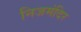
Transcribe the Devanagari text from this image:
निजमंदिर